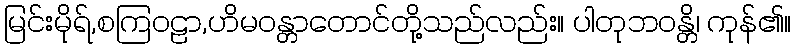
မြင်းမိုရ်,စကြဝဠာ,ဟိမဝန္တာတောင်တို့သည်လည်း။ ပါတုဘဝန္တိ၊ ကုန်၏။